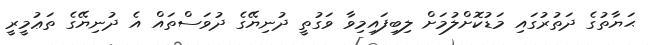
ޙަޔާތުގެ ދަތުރުގައި މަޑުކޮށްލުމަށް ލިބިފައިމިވާ ވަގުތީ ދުނިޔޭގެ ދުވަސްތައް އެ ދުނިޔޭގެ ތަޢުމީރީ